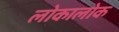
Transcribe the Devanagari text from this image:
लोकालोक